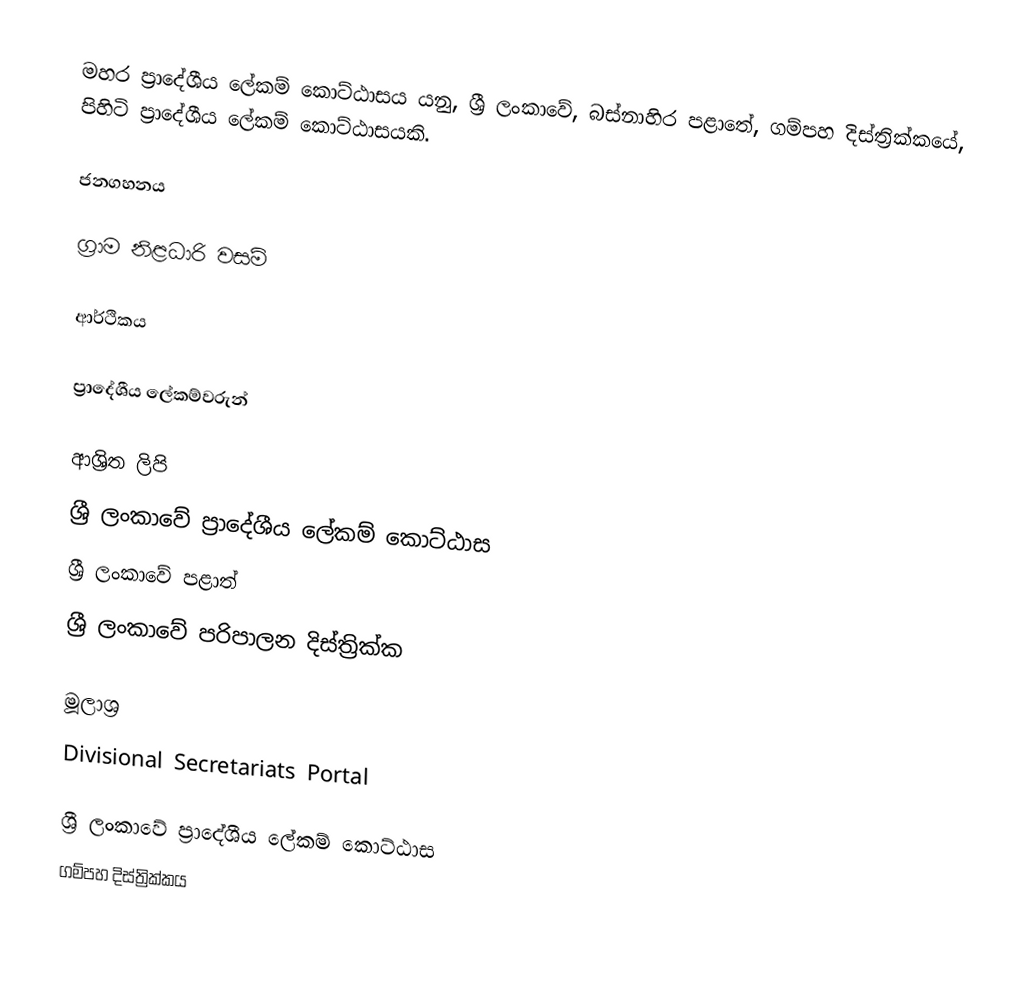
මහර ප්‍රාදේශීය ලේකම් කොට්ඨාසය යනු,  ශ්‍රී ලංකාවේ, බස්නාහිර පළාතේ,   ගම්පහ දිස්ත්‍රික්කයේ, පිහිටි ප්‍රාදේශීය ලේකම් කොට්ඨාසයකි.

ජනගහනය

ග්‍රාම නිළධාරි වසම්

ආර්ථිකය

ප්‍රාදේශීය ලේකම්වරුන්

ආශ්‍රිත ලිපි
ශ්‍රී ලංකාවේ ප්‍රාදේශීය ලේකම් කොට්ඨාස
ශ්‍රී ලංකාවේ පළාත්
ශ්‍රී ලංකාවේ පරිපාලන දිස්ත්‍රික්ක

මූලාශ්‍ර
 Divisional Secretariats Portal

ශ්‍රී ලංකාවේ ප්‍රාදේශීය ලේකම් කොට්ඨාස
ගම්පහ දිස්ත්‍රික්කය